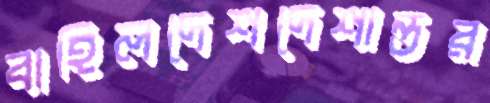
বাহিলদেশদেশান্তর